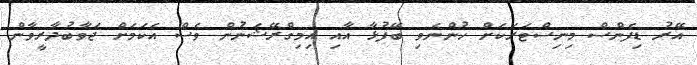
އޭރު ޑިފެންސް މިނިސްޓަރަކަށް ހުންނެވި ބޭފުޅާ އާއި އިމިގްރޭޝަނުން ވެސް އެކަމަށް ޖަވާބުދާރީވާން